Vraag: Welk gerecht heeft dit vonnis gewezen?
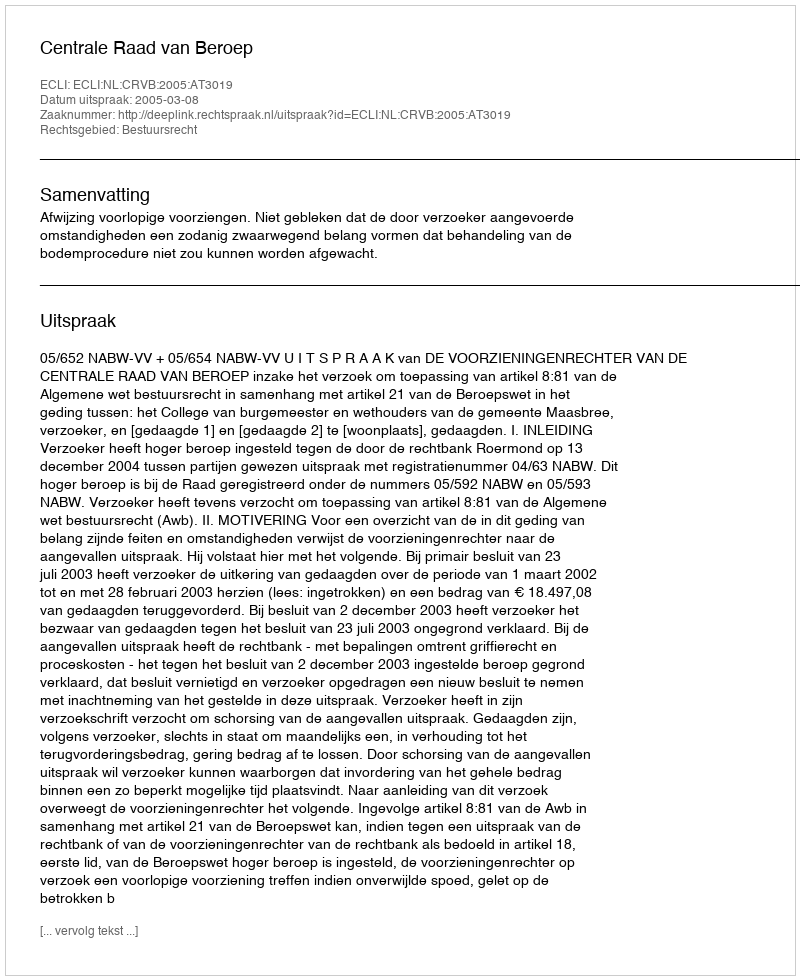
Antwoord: Centrale Raad van Beroep